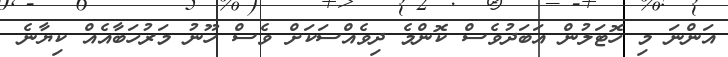
އަންނަ މި ހޮޓަލުން އަބަދުވެސް ކޮންމެ ދިވެއްސަކަށް ވެސް ހޫނު މަރުހަބާއެއް ކިޔާނެ